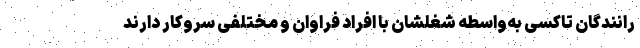
رانندگان تاکسی به‌واسطه شغلشان با افراد فراوان و مختلفی سروکار دارند